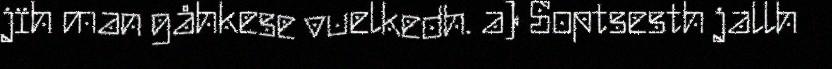
jïh man gåhkese vuelkedh. a) Soptsesth jallh